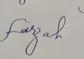
Signature authenticity: genuine